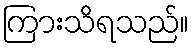
ကြားသိရသည်။